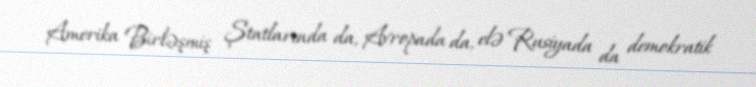
Amerika Birləşmiş Ştatlarında da, Avropada da, elə Rusiyada da demokratik